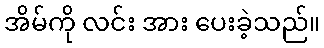
အိမ်ကို လင်း အား ပေးခဲ့သည်။